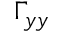
\Gamma _ { y y }